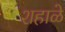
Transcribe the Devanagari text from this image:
शहाळे